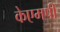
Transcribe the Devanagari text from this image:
केएमपी